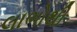
લાભોથી